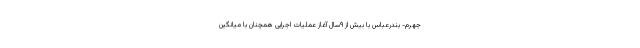
جهرم- بندرعباس با بیش از ۹سال آغاز عملیات اجرایی همچنان با میانگین